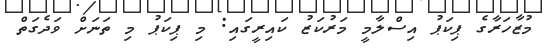
މުޒާހަރާގެ ޕިކަޕު އިސްލާމީ މަރުކަޒު ކައިރީގައި: މި ޕިކަޕު މި ތަނަށް ވަދެގަތް